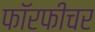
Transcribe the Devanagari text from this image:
फॉरफीचर